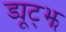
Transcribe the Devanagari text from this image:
ड्यूट्झ